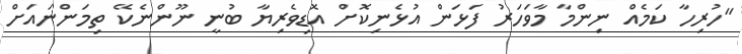
"ހުރިހާ ކަމެއް ނިންމާ މާވަހަރު ފަޅަން އުޅެނިކޮށް އޮޑިވެރިޔާ ބުނީ ނޫންނެކޭ ތިމަންނައަށް